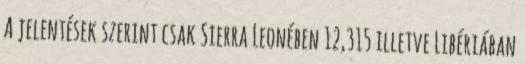
A jelentések szerint csak Sierra Leonében 12,315 illetve Libériában